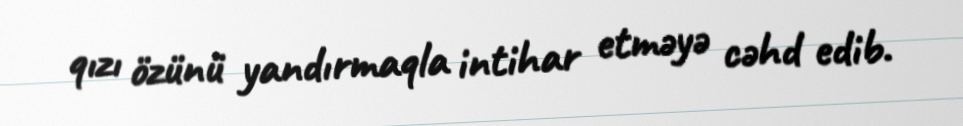
qızı özünü yandırmaqla intihar etməyə cəhd edib.